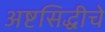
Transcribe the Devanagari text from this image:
अष्टसिद्धीचे